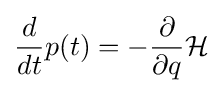
{\frac {d}{dt}}p(t)=-{\frac {\partial }{\partial q}}{\mathcal {H}}